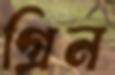
গ্রিন